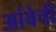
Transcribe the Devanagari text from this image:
आंबेची